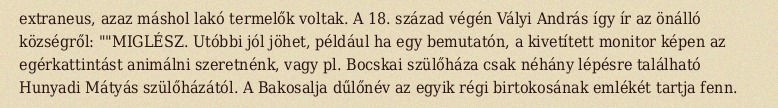
extraneus, azaz máshol lakó termelők voltak. A 18. század végén Vályi András így ír az önálló községről: ""MIGLÉSZ. Utóbbi jól jöhet, például ha egy bemutatón, a kivetített monitor képen az egérkattintást animálni szeretnénk, vagy pl. Bocskai szülőháza csak néhány lépésre található Hunyadi Mátyás szülőházától. A Bakosalja dűlőnév az egyik régi birtokosának emlékét tartja fenn.